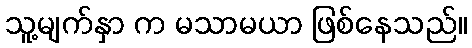
သူ့မျက်နှာ က မသာမယာ ဖြစ်နေသည်။